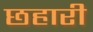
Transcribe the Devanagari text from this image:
छहारी